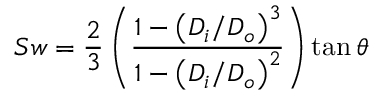
S w = \frac { 2 } { 3 } \left( \frac { 1 - \left( D _ { i } / D _ { o } \right) ^ { 3 } } { 1 - \left( D _ { i } / D _ { o } \right) ^ { 2 } } \right) \tan \theta